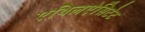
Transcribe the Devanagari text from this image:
एथिलऐसिटेट